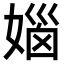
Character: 㛴